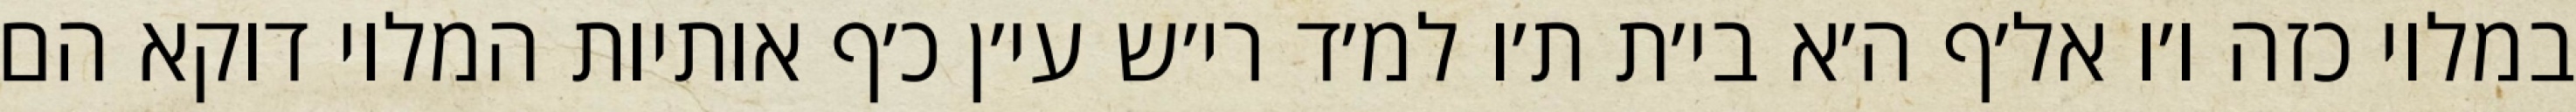
במלוי כזה ו׳ו אל׳ף ה׳א בי׳ת ת׳ו למ׳ד רי׳ש עי׳ן כ׳ף אותיות המלוי דוקא הם